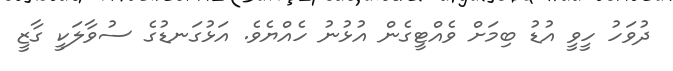
ދުވަހު ހީވީ އުޑު ބިމަށް ވެއްްޓީގެން އުޅުނު ހެއްޔެވެ. އަޅުގަނޑުގެ ސުވާލަކީ ގާޒީ